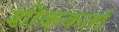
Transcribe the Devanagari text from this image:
शोककर्ता